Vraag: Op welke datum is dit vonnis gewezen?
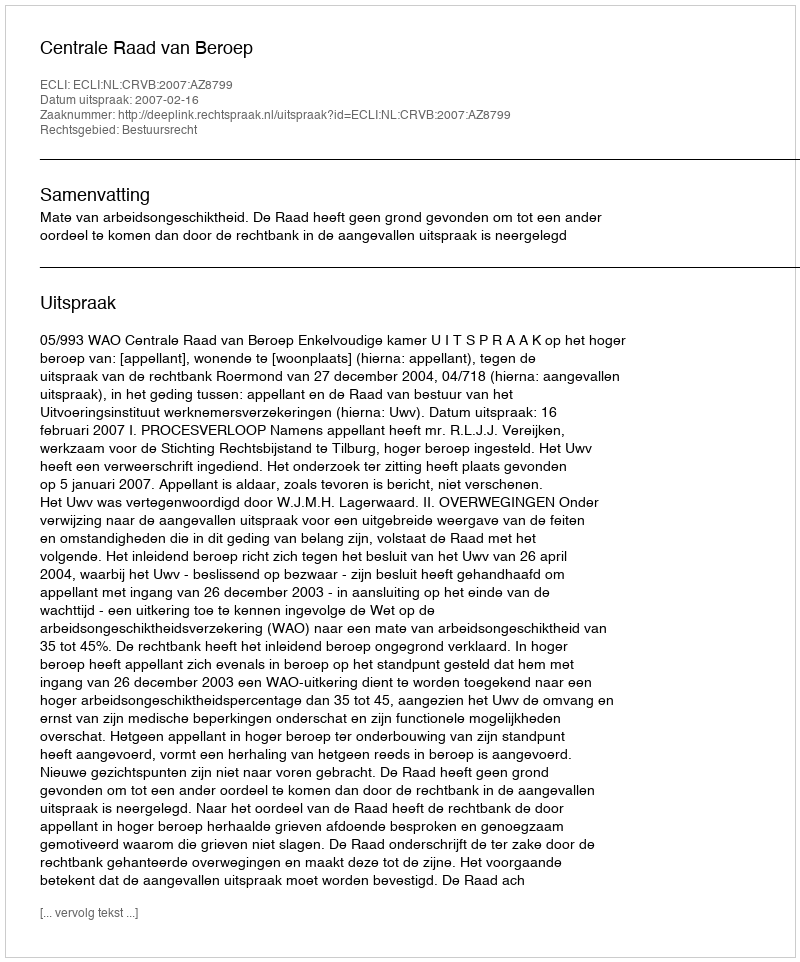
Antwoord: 2007-02-16